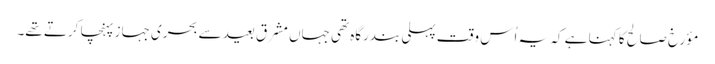
مؤرخ صالح کا کہنا ہے کہ یہ اُس وقت پہلی بندرگاہ تھی جہاں مشرق بعید سے بحری جہاز پہنچا کرتے تھے۔